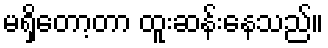
မရှိတော့တာ ထူးဆန်းနေသည်။